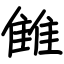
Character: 雔